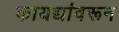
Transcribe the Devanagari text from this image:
कायद्यांवरून